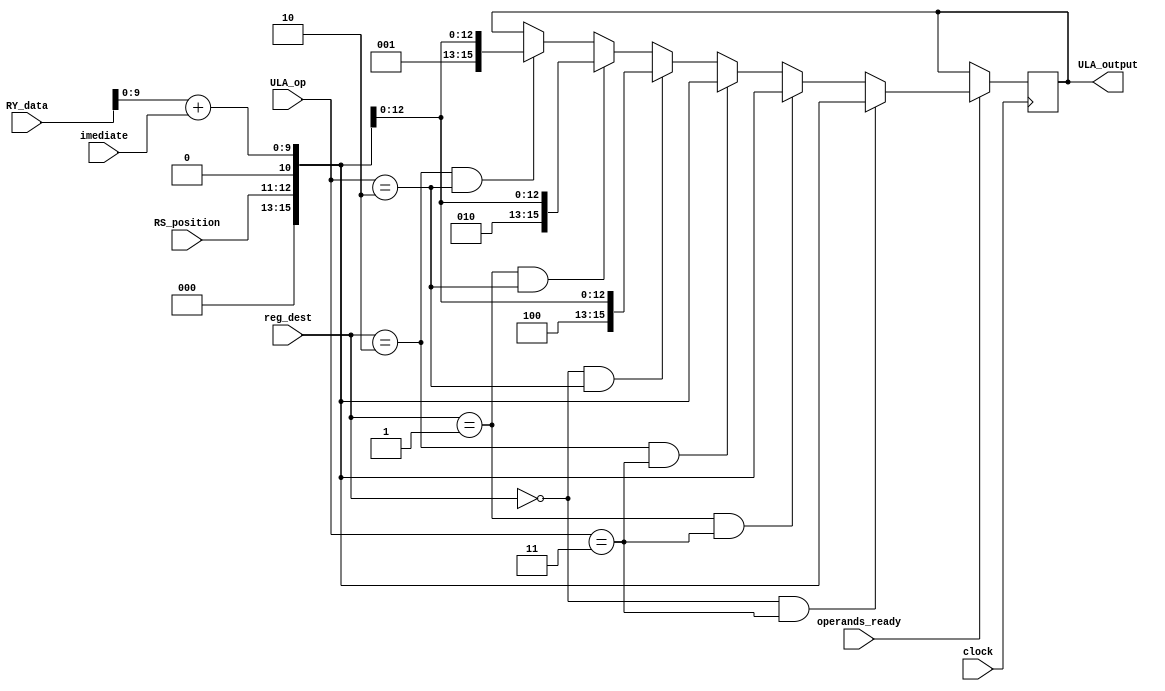
// ULA de Instrues do Tipo I
module ULA_LD_SD(

	input clock,
   
	// Operandos
	input [15:0] RY_data,
	input [3:0] imediate,
	
	// Registrador de Destino
	input [2:0] reg_dest,
	
	// Operao
   input [2:0] ULA_op,
	
	// Posio da instruo na RS
	input [1:0] RS_position,
	
	// Sinal que indica se os dois operandos esto prontos para a operao
	input operands_ready,
	
	// cdb[15:15] -> R0_in (Registrador Destino R0)
	// cdb[14:14] -> R1_in (Registrador Destino R1)
	// cdb[13:13] -> R2_in (Registrador Destino R2)
	// cdb[12:11] -> Posio da Instruo na RS
	// cdb[10:10] -> Indica qual ULA escreveu no cdb (1 -> ULA , 0 -> ULA_ld_sd)
	// cdb[9:0]   -> Dado
   output reg [15:0] ULA_output
	
);

reg [9:0] data;
reg ULA;

initial begin

	// Inicializando as sadas da ULA com sendo 16'b1 -> Sada Invlida
	ULA_output = 16'b1111111111111111;
	
end

always @(posedge clock) begin

	// Resetando Variveis
	data = 16'b0000000000000000;

	if (operands_ready) begin
		
		// Calculando Endereo de Memria
		data = RY_data + imediate;

		// Montando Sinal de Sada para Load
		if (reg_dest == 3'b000 /*R0*/ && ULA_op == 3'b010) begin
			ULA_output = {3'b100/*R0*/,RS_position,1'b0/*ULA*/,data};
		end
		else if (reg_dest == 3'b001 /*R1*/ && ULA_op == 3'b010) begin
			ULA_output = {3'b010/*R1*/,RS_position,1'b0/*ULA*/,data};
		end
		else if (reg_dest == 3'b010 /*R2*/ && ULA_op == 3'b010) begin
			ULA_output = {3'b001/*R2*/,RS_position,1'b0/*ULA*/,data};
		end
		
		
		// Montando Sinal de Sada para Store - Store no escreve no Banco de Registradores, logo, os bits de escrita no BR so todos zero
		if (reg_dest == 3'b000 /*R0*/ && ULA_op == 3'b011) begin
			ULA_output = {3'b000,RS_position,1'b0/*ULA*/,data};
		end
		else if (reg_dest == 3'b001 /*R1*/ && ULA_op == 3'b011) begin
			ULA_output = {3'b000,RS_position,1'b0/*ULA*/,data};
		end
		else if (reg_dest == 3'b010 /*R2*/ && ULA_op == 3'b011) begin
			ULA_output = {3'b000,RS_position,1'b0/*ULA*/,data};
		end
		
	end
	
end
  
endmodule